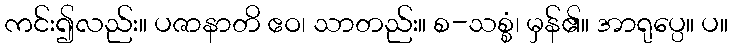
ကင်း၍လည်း။ ပဇာနာတိ ဧဝ၊ သာတည်း။ စ-သစ္စံ၊ မှန်၏။ အာရုပ္ပေ။ ပ။